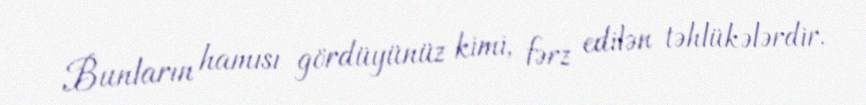
Bunların hamısı gördüyünüz kimi, fərz edilən təhlükələrdir.